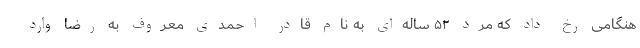
هنگامی رخ داد که مرد ۵۲ ساله‌ای به نام قادر احمدی معروف به رضا وارد